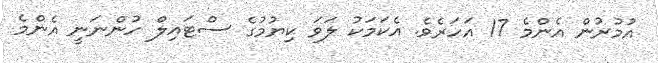
އުމުރުން އެންމެ 17 އަހަރެވެ. އެކަމަކު ލަވަ ކިޔުމުގެ ސްޓައިލް ހުންނަނީ އެންމެ